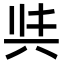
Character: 𭁈